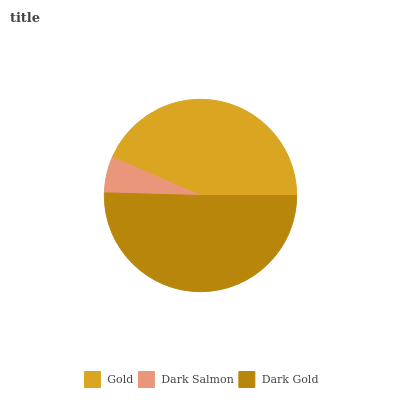
| Gold | Dark Salmon | Dark Gold |
 | --- | --- | --- |
 | 43.5% | 6.08% | 50.5% |